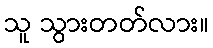
သူ သွားတတ်လား။